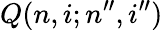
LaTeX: Q(n,i;n^{\prime\prime},i^{\prime\prime})